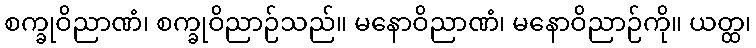
စက္ခုဝိညာဏံ၊ စက္ခုဝိညာဉ်သည်။ မနောဝိညာဏံ၊ မနောဝိညာဉ်ကို။ ယတ္ထ၊